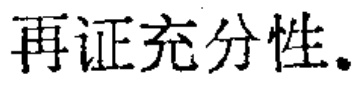
再证充分性。